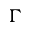
\Gamma